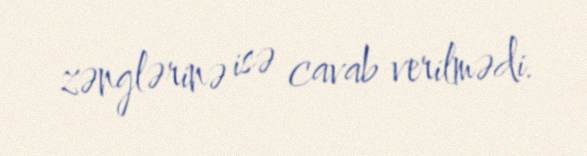
zənglərinə isə cavab verilmədi.